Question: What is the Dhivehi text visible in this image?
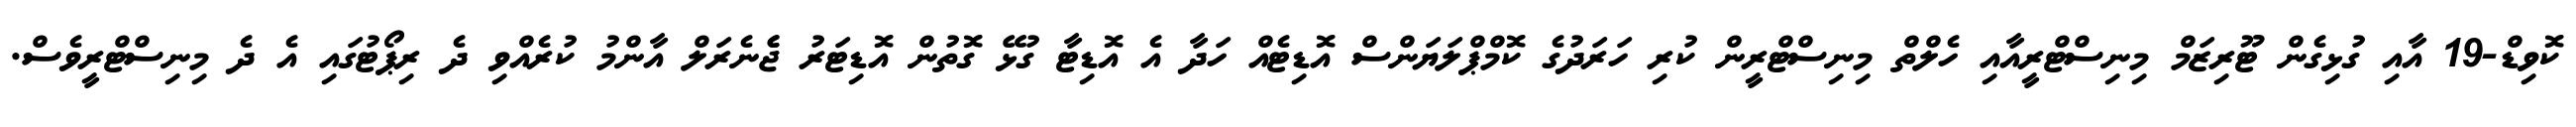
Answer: ކޮވިޑް-19 އާއި ގުޅިގެން ޓޫރިޒަމް މިނިސްޓްރީއާއި ހެލްތް މިނިސްޓްރީން ކުރި ހަރަދުގެ ކޮމްޕްލަޔަންސް އޮޑިޓެއް ހަދާ އެ އޮޑިޓާ ގުޅޭ ގޮތުން އޮޑިޓަރު ޖެެނެރަލް އާންމު ކުރެއްވި ދެ ރިޕޯޓުގައި އެ ދެ މިނިސްޓްރީވެސް.